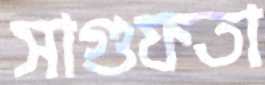
সাগুফতা